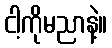
ငါ့ကိုမညာနဲ့။